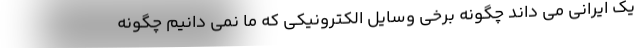
یک ایرانی می داند چگونه برخی وسایل الکترونیکی که ما نمی دانیم چگونه